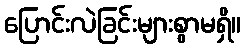
ပြောင်းလဲခြင်းများစွာမရှိ။